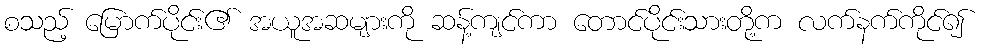
စသည့် မြောက်ပိုင်း၏ အယူအဆများကို ဆန့်ကျင်ကာ တောင်ပိုင်းသားတို့က လက်နက်ကိုင်၍